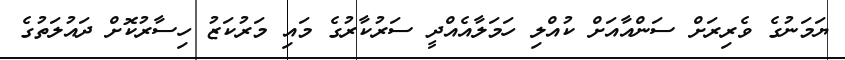
ޔަމަނުގެ ވެރިރަށް ސަންއާއަށް ކުއްލި ހަމަލާއެއްދީ ސަރުކާރުގެ މައި މަރުކަޒު ހިސާރުކޮށް ދައުލަތުގެ